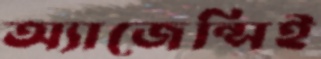
অ্যাজেন্সিই